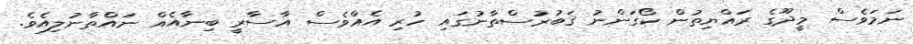
ނަމަވެސް މީދޫގެ ރައްޔިތުން ކޯގަންނު ޤަބުރުސްތާނުގައި ހުރި އެއްވެސް އާސާރީ ބިނާއެއް ނައްތާނުލިއެވެ.